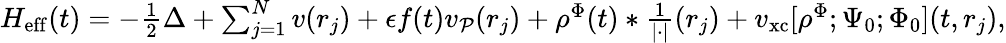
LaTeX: \begin{array}{r}{H_{\mathrm{eff}}(t)=-\frac 12\Delta+\sum_{j=1}^{N}v(r_{j})+\epsilon f(t)v_{\mathcal{P}}(r_{j})+\rho^{{\Phi}}(t)\ast\frac{1}{|\cdot|}(r_{j})+v_{\mathrm{xc}}[\rho^{{\Phi}};\Psi_{0};\Phi_{0}](t,r_{j}),}\end{array}